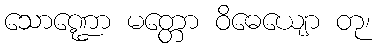
သောဏ္ဍော မတ္တော ဝိဓေယျော တု၊